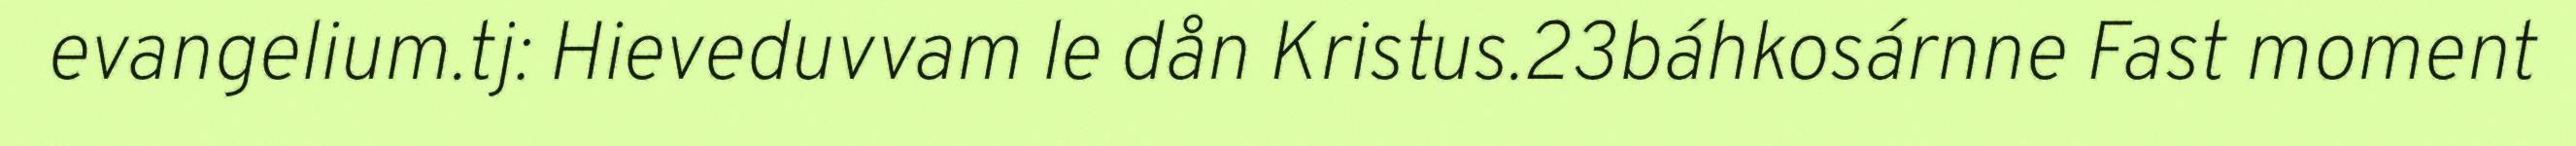
evangelium.tj: Hieveduvvam le dån Kristus.23báhkosárnne Fast moment